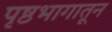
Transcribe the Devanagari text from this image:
पृष्ठभागातून